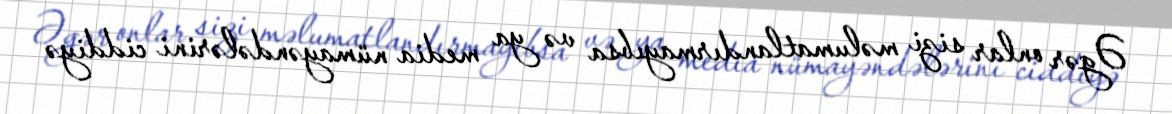
Əgər onlar sizi məlumatlandırmayıbsa və ya media nümayəndələrini ciddiyə